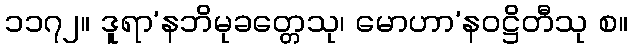
၁၁၇၂။ ဒူရာ’နဘိမုခတ္တေသု၊ မောဟာ’နဝဋ္ဌိတီသု စ။